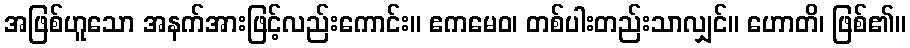
အဖြစ်ဟူသော အနက်အားဖြင့်လည်းကောင်း။ ဧကမေဝ၊ တစ်ပါးတည်းသာလျှင်။ ဟောတိ၊ ဖြစ်၏။